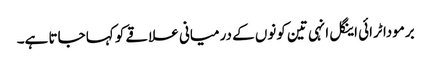
برمودا ٹرائی اینگل انہی تین کونوں کے درمیانی علاقے کو کہا جاتا ہے۔